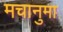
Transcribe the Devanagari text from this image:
मचानुमा